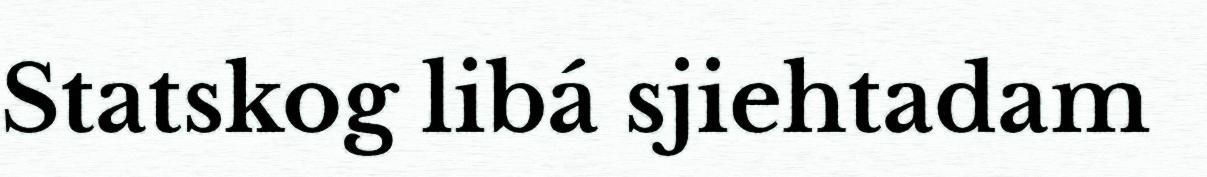
Statskog libá sjiehtadam